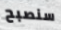
سنصبح